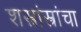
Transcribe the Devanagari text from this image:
शस्त्रांस्त्रांचा